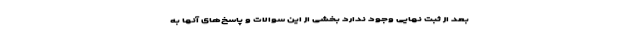
بعد از ثبت نهایی وجود ندارد بخشی از این سوالات و پاسخ‌های آنها به